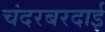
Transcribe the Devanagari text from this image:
चंदरबरदाई